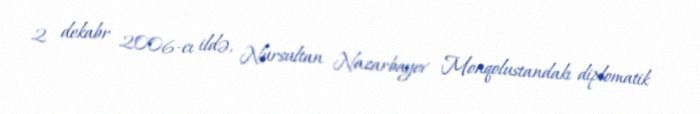
2 dekabr 2006-cı ildə, Nursultan Nazarbayev Monqolustandakı diplomatik